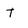
Character: T